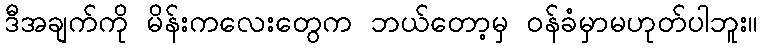
ဒီအချက်ကို မိန်းကလေးတွေက ဘယ်တော့မှ ဝန်ခံမှာမဟုတ်ပါဘူး။